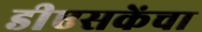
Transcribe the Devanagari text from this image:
डीएसकेंचा